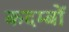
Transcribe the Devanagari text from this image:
कदम्बों